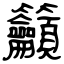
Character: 籲